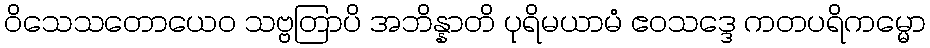
ဝိသေသတောယေဝ သဗ္ဗတြာပိ အဘိန္နာတိ ပုရိမယာမံ ဧဝသဒ္ဒေ ကတပရိကမ္မော